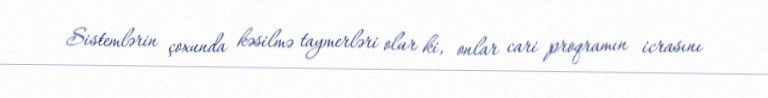
Sistemlərin çoxunda kəsilmə taymerləri olur ki, onlar cari proqramın icrasını